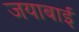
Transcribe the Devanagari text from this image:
जयाबाई